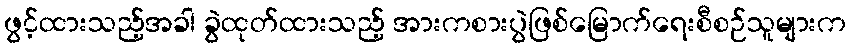
ဖွင့်ထားသည့်အခါ ခွဲထုတ်ထားသည့် အားကစားပွဲဖြစ်မြောက်ရေးစီစဉ်သူများက